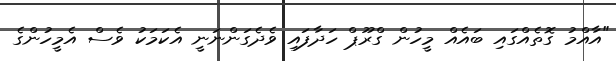
"އާއްމު ގޮތެއްގައި ބައެއް މީހުން ގްރޫޕް ހަދާފައި ވެދެގަންނަނީ އެކަމަކު ވެސް އެމީހުންގެ